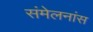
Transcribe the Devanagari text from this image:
संमेलनांस